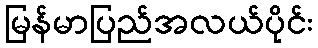
မြန်မာပြည်အလယ်ပိုင်း